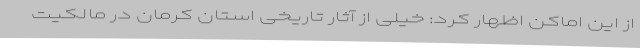
از این اماکن اظهار کرد: خیلی از آثار تاریخی استان کرمان در مالکیت